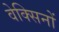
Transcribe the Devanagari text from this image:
वेक्सिनों